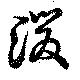
湲